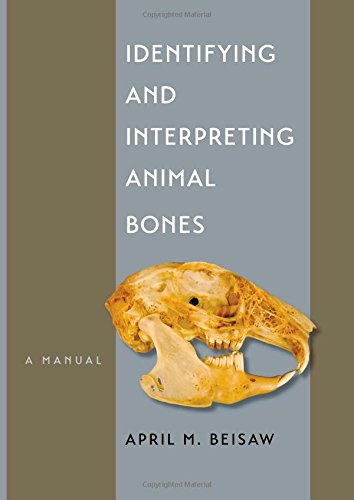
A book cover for Identifying and Interpreting Animal Bones: A Manual (Texas A&M University Anthropology Series); April M. Beisaw; Politics & Social Sciences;